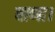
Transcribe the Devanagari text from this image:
बाणा।